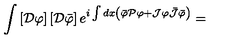
\int \left[ { \cal D } \varphi \right] \left[ { \cal D } \bar { \varphi } \right] e ^ { i \int d x \left( \bar { \varphi } { \cal P } \varphi + { \cal J } \varphi \bar { { \cal J } } \bar { \varphi } \right) } =